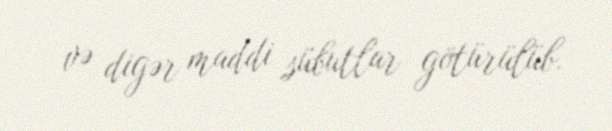
və digər maddi sübutlar götürülüb.